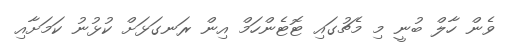
ވެން ހާލް ބުނީ މި މެޗުގައި ޓޮޓެންހަމް އިން ރަނގަޅަށް ކުޅުނު ކަމަށާއި